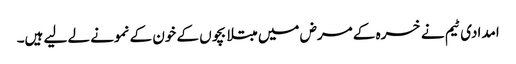
امدادی ٹیم نے خسرہ کے مرض میں مبتلا بچوں کے خون کے نمونے لے لیے ہیں۔